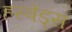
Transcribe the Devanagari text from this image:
हस्बेंड्स